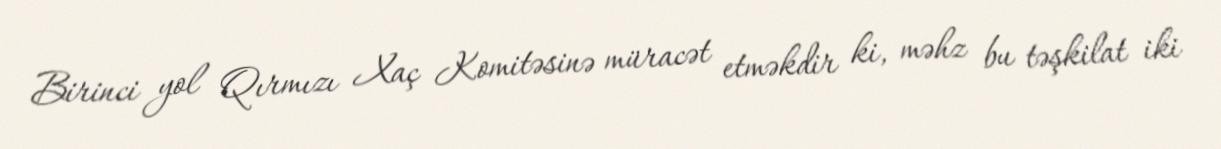
Birinci yol Qırmızı Xaç Komitəsinə müracət etməkdir ki, məhz bu təşkilat iki